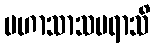
မဟာသာသပရာသိ